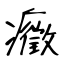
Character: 癥